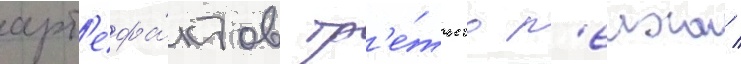
арт'ефа́ктов тр'е́тьего р'еиха /